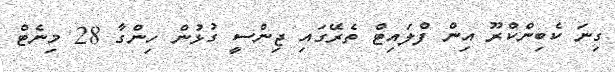
ގިނަ ކެބިންކްރޫ އިން ފްލައިޓް ތެރޭގައި ޖިންސީ ގުޅުން ހިންގާ 28 މިނެޓް